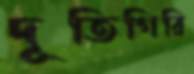
দূতিগিরি